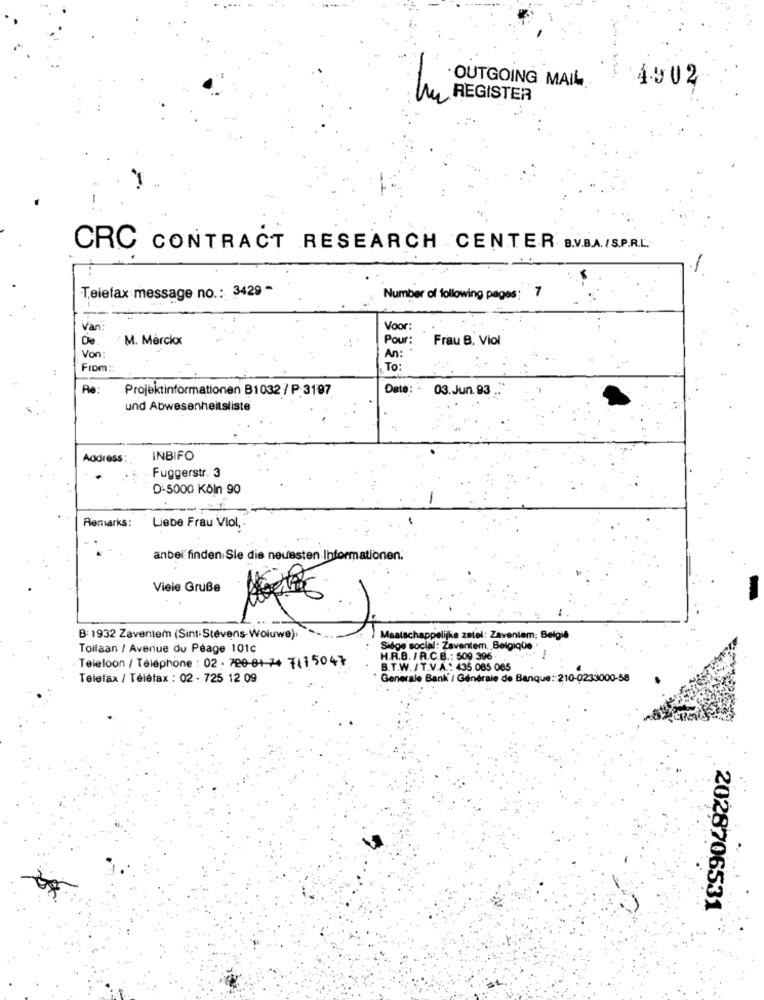
$ 4902
OUTGOING MAIL.
My REGISTER
CRC CONTRACT RESEARCH CENTER B.V.B.A. /S.P.R.L.
Telefax message no .: 3429 -
Number of following pages: 7
Van:
Voor:
De
M. Merckx
Pour:
Frau B. Viol
Von:
An:
From ::
To :
Re:
Projektinformationen B1032 / P.3197
Date: -
03.Jun.93
und Abwesenheitsliste
Address:
INBIFO
Fuggerstr. 3
D-5000 Köln 90
-
Remarks:
Liebe Frau Viol ,-
anbei finden Sie die neuesten Informationen.
Viele Gruße
B: 1932 Zaventem (Sint Stevens-Woluwe).
Maatschappelijke zatel: Zaventem; Belgie
Tollaan / Avenue du Péage 101c
Siège social: Zaventem, Belgique
Telefoon / Téléphone : 02 : 720-01 74 7415047
H.R.B. / A.C.B .: 509.396
B.T.W. / T.V.A .: 435.085 085
Telefax / Télétax : 02 - 725 12 09
Generale Bank / Générale de Banque :: 210-0233000-58
2028706531